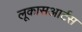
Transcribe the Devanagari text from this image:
लूकासआर्टस